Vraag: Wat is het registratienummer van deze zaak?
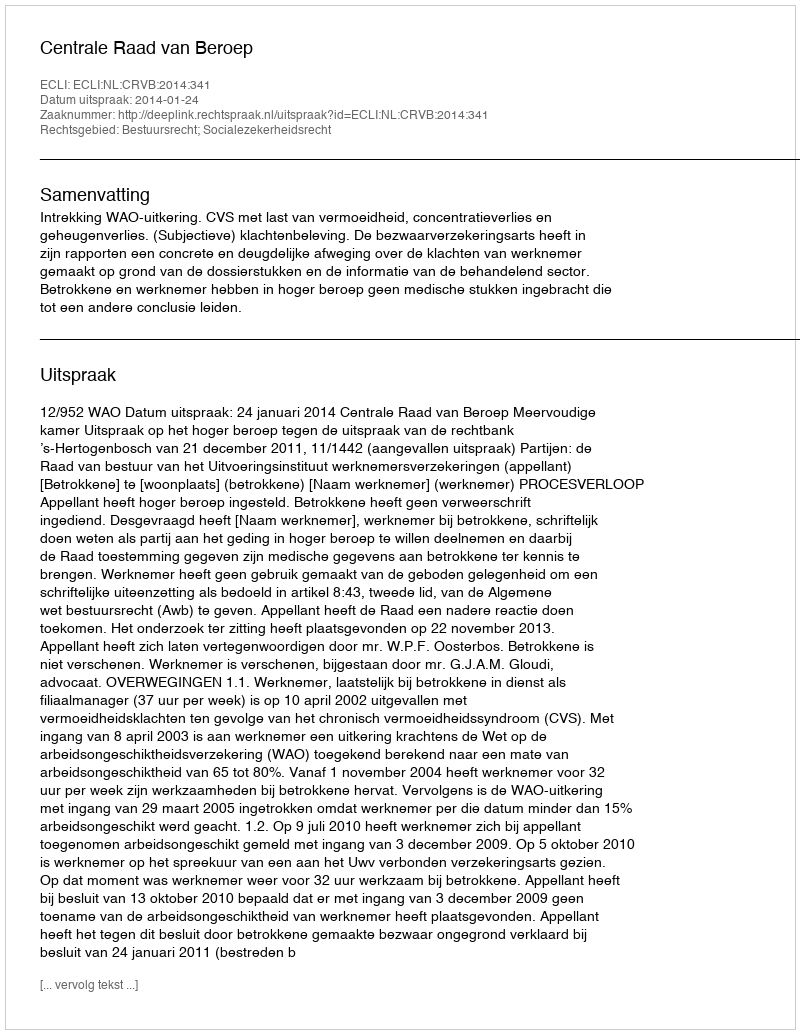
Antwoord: http://deeplink.rechtspraak.nl/uitspraak?id=ECLI:NL:CRVB:2014:341